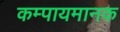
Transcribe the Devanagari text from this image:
कम्पायमानक